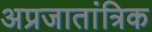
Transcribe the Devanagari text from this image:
अप्रजातांत्रिक